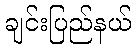
ချင်းပြည်နယ်